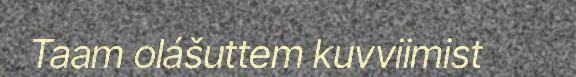
Taam olášuttem kuvviimist